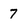
Character: 7